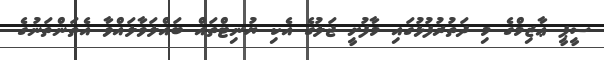
ސީޕީ ޢާޒިމްގެ މި ދަތުރުފުޅުގައި މާފުށީ ޖަލުގެ އެކި ޔުނިޓްތައް ބައްލަވާލައްވާ އެތަންތަނުގެ